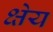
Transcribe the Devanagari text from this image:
क्षेय